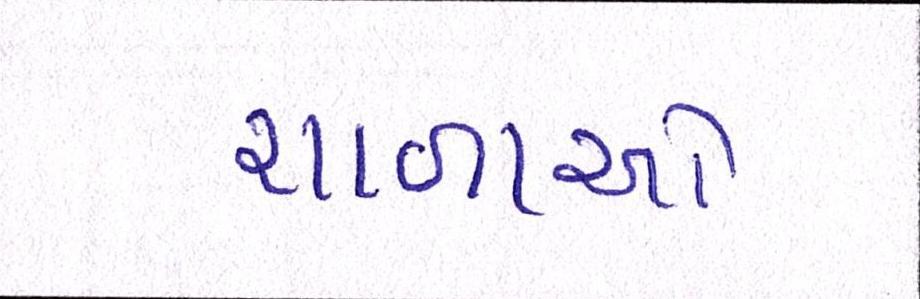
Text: શાળાઓ